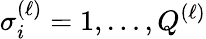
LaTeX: \sigma_{i}^{(\ell)}=1,\ldots,Q^{(\ell)}